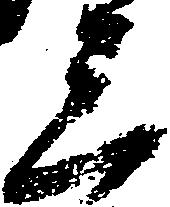
三